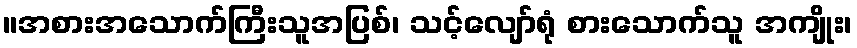
။အစားအသောက်ကြီးသူအပြစ်၊ သင့်လျော်ရုံ စားသောက်သူ အကျိုး၊